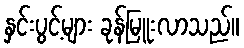
နှင်းပွင့်များ ခုန်မြူးလာသည်။